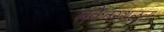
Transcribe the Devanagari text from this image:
संकेतस्थळला